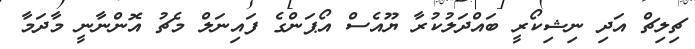
ޗިލިޗް އަދި ނިޝިކޯރީ ބައްދަލުކުރާ ޔޫއެސް އޯޕަންގެ ފައިނަލް މެޗު އޮންނާނީ މާދަމާ